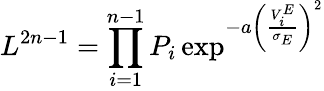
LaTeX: L^{2n-1}=\prod_{i=1}^{n-1}P_{i}\exp^{-a\left(\frac{V_{i}^{E}}{\sigma_{E}}\right)^{2}}